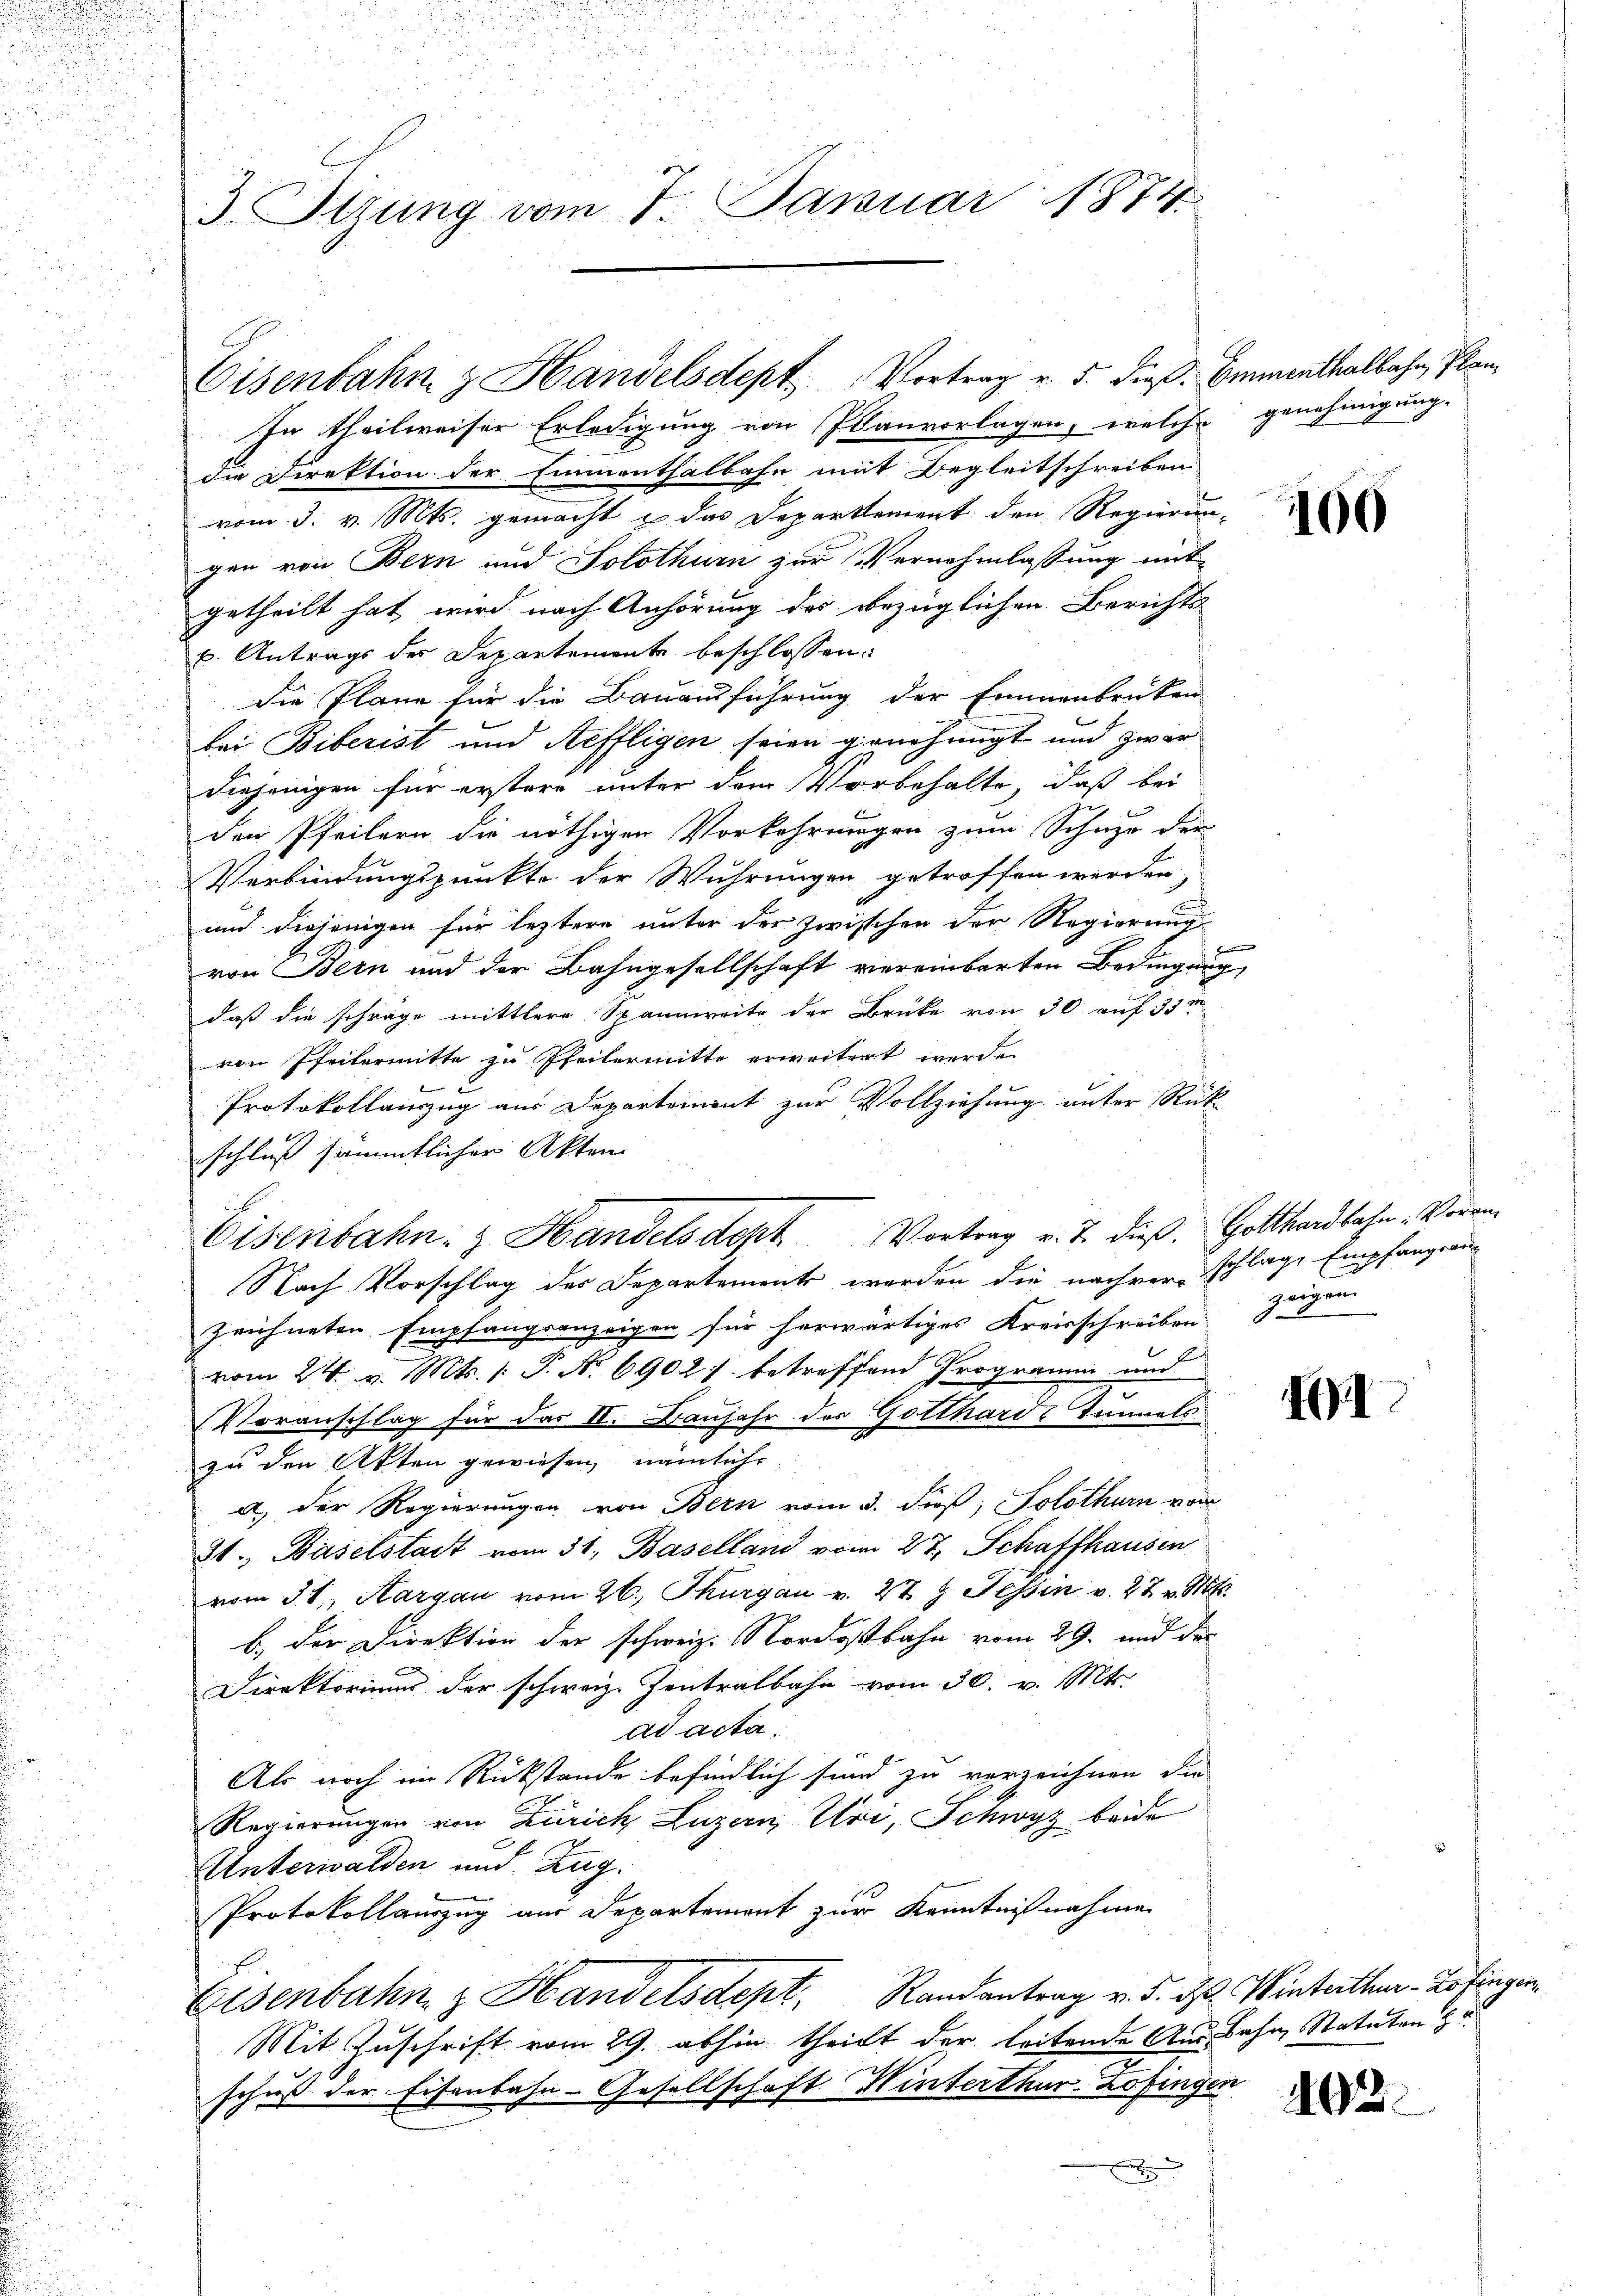
3. Sitzung vom 7. Januar 1874.

In theilweiser Erledigung von Planvorlagen, welche genehmigung-
die Direktion der Emmenthalbahn mit Begleitschreiben
vom 3. v. Mts. gemacht & das Departement den Regierun-
gen von Bern und Solothurn zur Vernehmlassung mit-
getheilt hat, wird nach Anhörung des bezüglichen Berichts-
p. Antrags der Departemente beschlossen:
die Pläne für die Bauausführung der Emmenbrüken
bei Biberist und Neffligen seien genehmigt und zwar
diejenigen für erstere unter dem Vorbehalte, daß bei
den Pfeilern die nöthigen Vorkehrungen zum Schner der
Verbindungspunkte der Wuhrungen getroffen werden,
und diejenigen für leztere unter der zwischen der Regierung
 |
von Bern und der Bahngesellschaft vereinbarten Bedingung,
daß die schräge mittlere Spannweite der Brücke von 30 auf 35 m
von Pfeilermitte zu Pfeilermitte erweitert werde.
Protokollauszug aus Departement zur Vollziehung unter Rück
schluß sämmtlicher Akten |
Nach Vorschlag des Departements werden die nachverschlage Empfangsanzeichneten Empfangsanzeigen für herwärtiges Kreisschreiben
vom 24. v. Mts. (T. No. 69021. betreffend Programm und
Voranschlag für das II. Baŭjahr des Gotthard Einmals
zu den Akten gewiesen, nämliche
a.) Der Regierungen von Bern vom 3. dieß, Solothurn vom
21. Baselstadt vom 31. Baselland vom 27. Schaffhausen
vom 31. Aargau vom 26. Thurgau v. 27 t Tessin v. 27 v. Mts.
b. der Direktion der schweiz. Nordostbahn vom 29. und der
Direktoriums der schweiz. Zentralbahn vom 30. v. Mts.
ad acta.
Als noch im Rückstände befindlich sind zu verzeichnen, die
Regierungen von Zürich, Luzern Uri, Schwyz beide
Unterwalden und Zug.
Protokollauszug aus Departement zur Kenntnißnahme
Eisenbahn & Handelsdept. Randantrag v. 5. d. Winterthur - Zofingen
Mit Zuschrift vom 29. abhin theilt der leitende Aus Bahn, Statuten Hr
schuß der Eisenbahn-Gesellschaft Winterthur-Zofingen

Eisenbahn z. Handelsdept Vortrag v. 5. dieß. Emmenthalbahn, Plan

Eisenbahn z. Handelsdopt Vortrag v. J. dieß, Gotthardbahn-Vorem

100

zeigen
.

II

402.